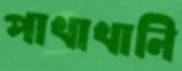
পাখাখানি